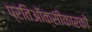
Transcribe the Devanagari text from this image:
प्रतिऑक्सीकारकों